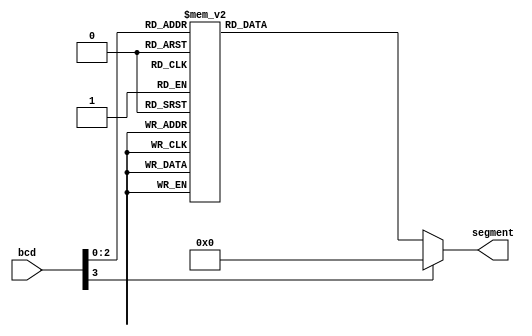
`timescale 1ns / 1ps
//////////////////////////////////////////////////////////////////////////////////
// Company: 
// Engineer: 
// 
// Design Name: 
// Module Name: BCD_7SEGMENT
// Project Name: 
// Target Devices: 
// Tool Versions: 
// Description: 
// 
// Dependencies: 
// 
// Revision:
// Revision 0.01 - File Created
// Additional Comments:
// 
//////////////////////////////////////////////////////////////////////////////////


module BCD_7SEGMENT(
    input [3:0] bcd,
    output reg [6:0] segment
    );

 always@(bcd)
 begin
 case(bcd)
 0:segment=8'b0000001;
 1:segment=8'b1001111;
 2:segment=8'b0010010;
 3:segment=8'b0000110;
 4:segment=8'b1001100;
 5:segment=8'b0100100;
 6:segment=8'b0100000;
 7:segment=8'b0001111;
 //8:segment=8'b0000000;
 //9:segment=7'b0000100;
default:segment=7'b0000000;
 endcase
 end
endmodule